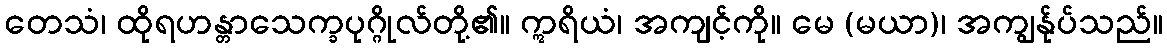
တေသံ၊ ထိုရဟန္တာသေက္ခပုဂ္ဂိုလ်တို့၏။ ဣရိယံ၊ အကျင့်ကို။ မေ (မယာ)၊ အကျွန်ုပ်သည်။